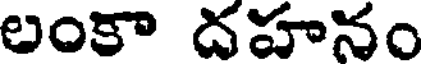
లంకా దహనం